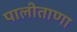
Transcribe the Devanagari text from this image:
पालीताणा